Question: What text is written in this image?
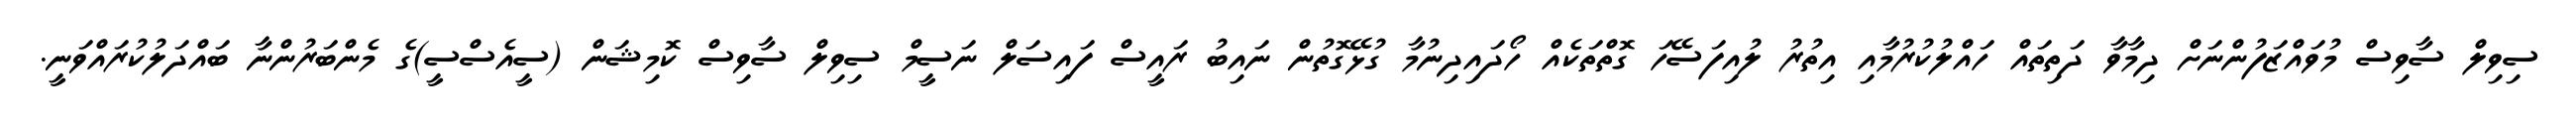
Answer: ސިވިލް ސާވިސް މުވައްޒަފުންނަށް ދިމާވާ ދަތިތައް ހައްލުކުރުމާއި އިތުރު ލުއިފަސޭހަ ގޮތްތަކެއް ހޯދައިދިނުމާ ގުޅޭގޮތުން ނައިބު ރައީސް ފައިސަލް ނަސީމް ސިވިލް ސާވިސް ކޮމިޝަން (ސީއެސްސީ)ގެ މެންބަރުންނާ ބައްދަލުކުރައްވަނީ.